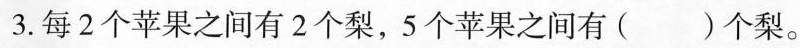
3.每2个苹果之间有2个梨，5个苹果之间有()个梨。